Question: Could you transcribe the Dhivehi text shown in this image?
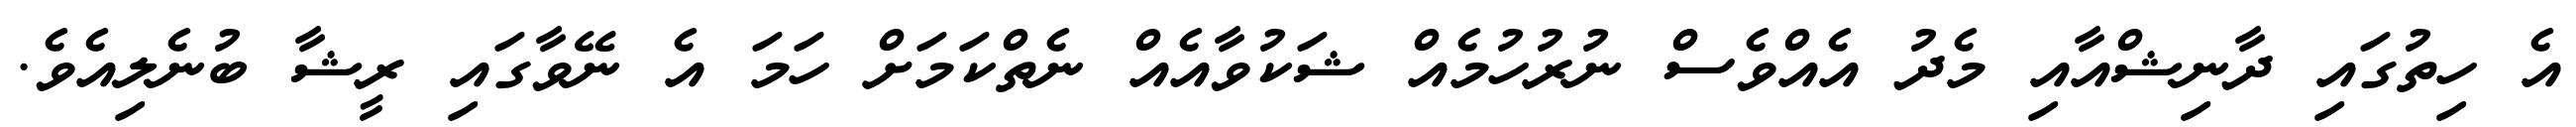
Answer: އެ ހިތުގައި ދާނިޝްއާއި މެދު އެއްވެސް ނުރުހުމެއް ޝަކުވާއެއް ނެތްކަމަށް ހަމަ އެ ނޭވާގައި ރީޝާ ބުނެލިއެވެ.